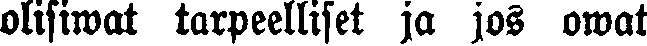
olisiwat tarpeelliset ja jos owat